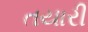
તયારી